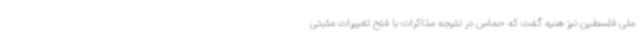
ملی فلسطین نیز هنیه گفت که حماس در نتیجه مذاکرات با فتح تغییرات مثبتی